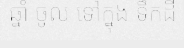
ឆ្នាំ ចូល ទៅក្នុង ទឹកដី